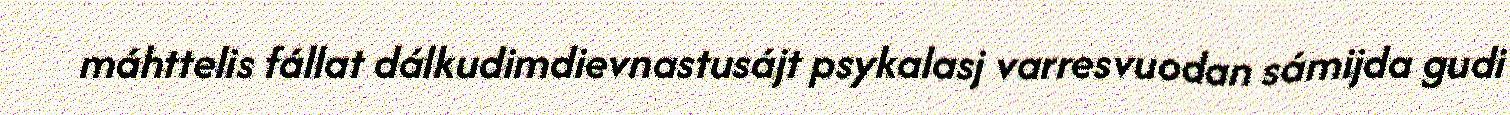
máhttelis fállat dálkudimdievnastusájt psykalasj varresvuodan sámijda gudi